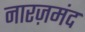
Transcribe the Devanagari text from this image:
नारज़मंद